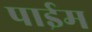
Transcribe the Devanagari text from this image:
पाईम